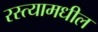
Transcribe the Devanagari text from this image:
रस्त्यामधील